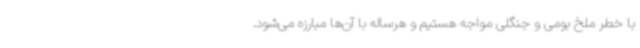
با خطر ملخ بومی و جنگلی مواجه هستیم و هرساله با آن‌ها مبارزه می‌شود.